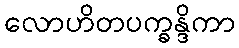
လောဟိတပက္ခန္ဒိကာ